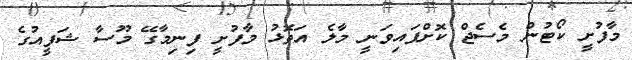
މާފުށީ ކޯޓުން މެސެޖް ކޮށްފައިވަނީ މާލެ އަތޮޅު މާފުށީ ފިނިމާގޭ މޫސާ ޝަފީއުގެ